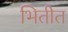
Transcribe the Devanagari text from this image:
भितीत